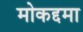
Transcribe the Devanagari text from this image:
मोकद्दमा